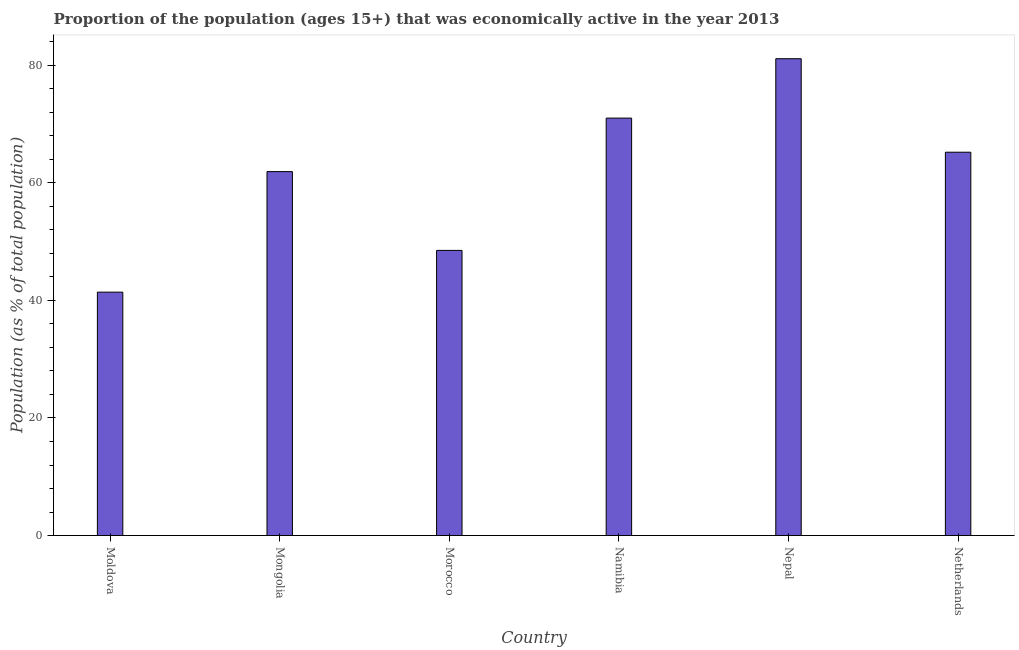
| Country | Labor force participation rate total |
 | --- | --- |
 | Moldova | 41.4 |
 | Mongolia | 61.9 |
 | Morocco | 48.5 |
 | Namibia | 71 |
 | Nepal | 81.1 |
 | Netherlands | 65.2 |